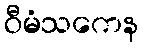
ဝီမံသကေန